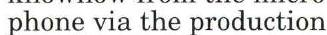
phone via the production